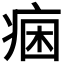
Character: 𭼐